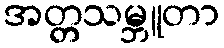
အတ္တသမ္ဘူတာ